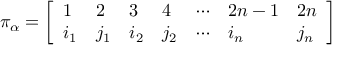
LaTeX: \pi _ { \alpha } = { \left[ \begin{array} { l l l l l l l } { 1 } & { 2 } & { 3 } & { 4 } & { \cdots } & { 2 n - 1 } & { 2 n } \\ { i _ { 1 } } & { j _ { 1 } } & { i _ { 2 } } & { j _ { 2 } } & { \cdots } & { i _ { n } } & { j _ { n } } \end{array} \right] }